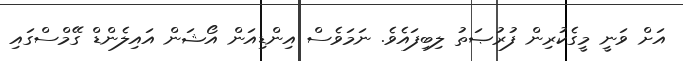
އަށް ވަނީ މީގެކުރިން ފުރުޞަތު ލިބިފައެވެ. ނަމަވެސް އިންޑިއަން އޯޝަން އައިލެންޑް ގޭމްސްގައި